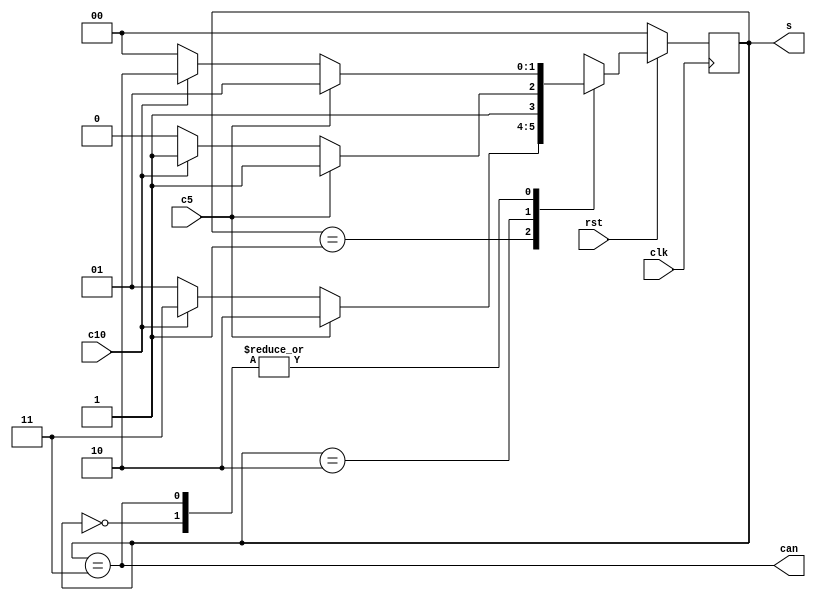
module vending_machine(input c5,c10,clk,rst,
                       output can,
                       output [1:0]s
                      );
  parameter s0=3'd0,s5=3'd1,s10=3'd2,s15=3'd3;
  reg [1:0]st;
  always@(posedge clk)
    if(rst == 0)	st<=s0;
    else
      case(st)
        s0:	st=c5?s5 :c10?s10:s0 ;
        s5:	st=c5?s10:c10?s15:s5 ;
        s10:st=c5?s15:c10?s15:s10;
        s15:st=c5?s5 :c10?s10:s0 ;
      endcase
  assign s=st;
  assign can=(st==s15);
endmodule